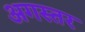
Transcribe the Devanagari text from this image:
अगस्तर